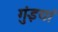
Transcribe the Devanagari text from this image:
गुंइयां